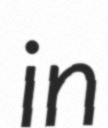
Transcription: in